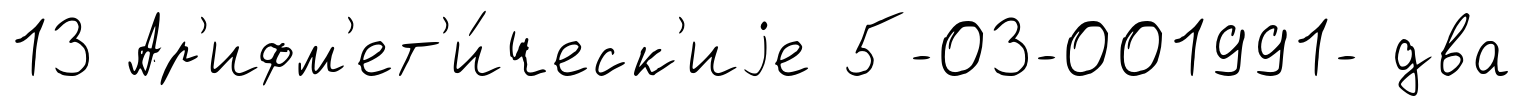
13 Ар'ифм'ет'и́ческ'иjе 5-03-001991- два